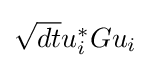
{\textstyle {\sqrt {dt}}u_{i}^{*}Gu_{i}}